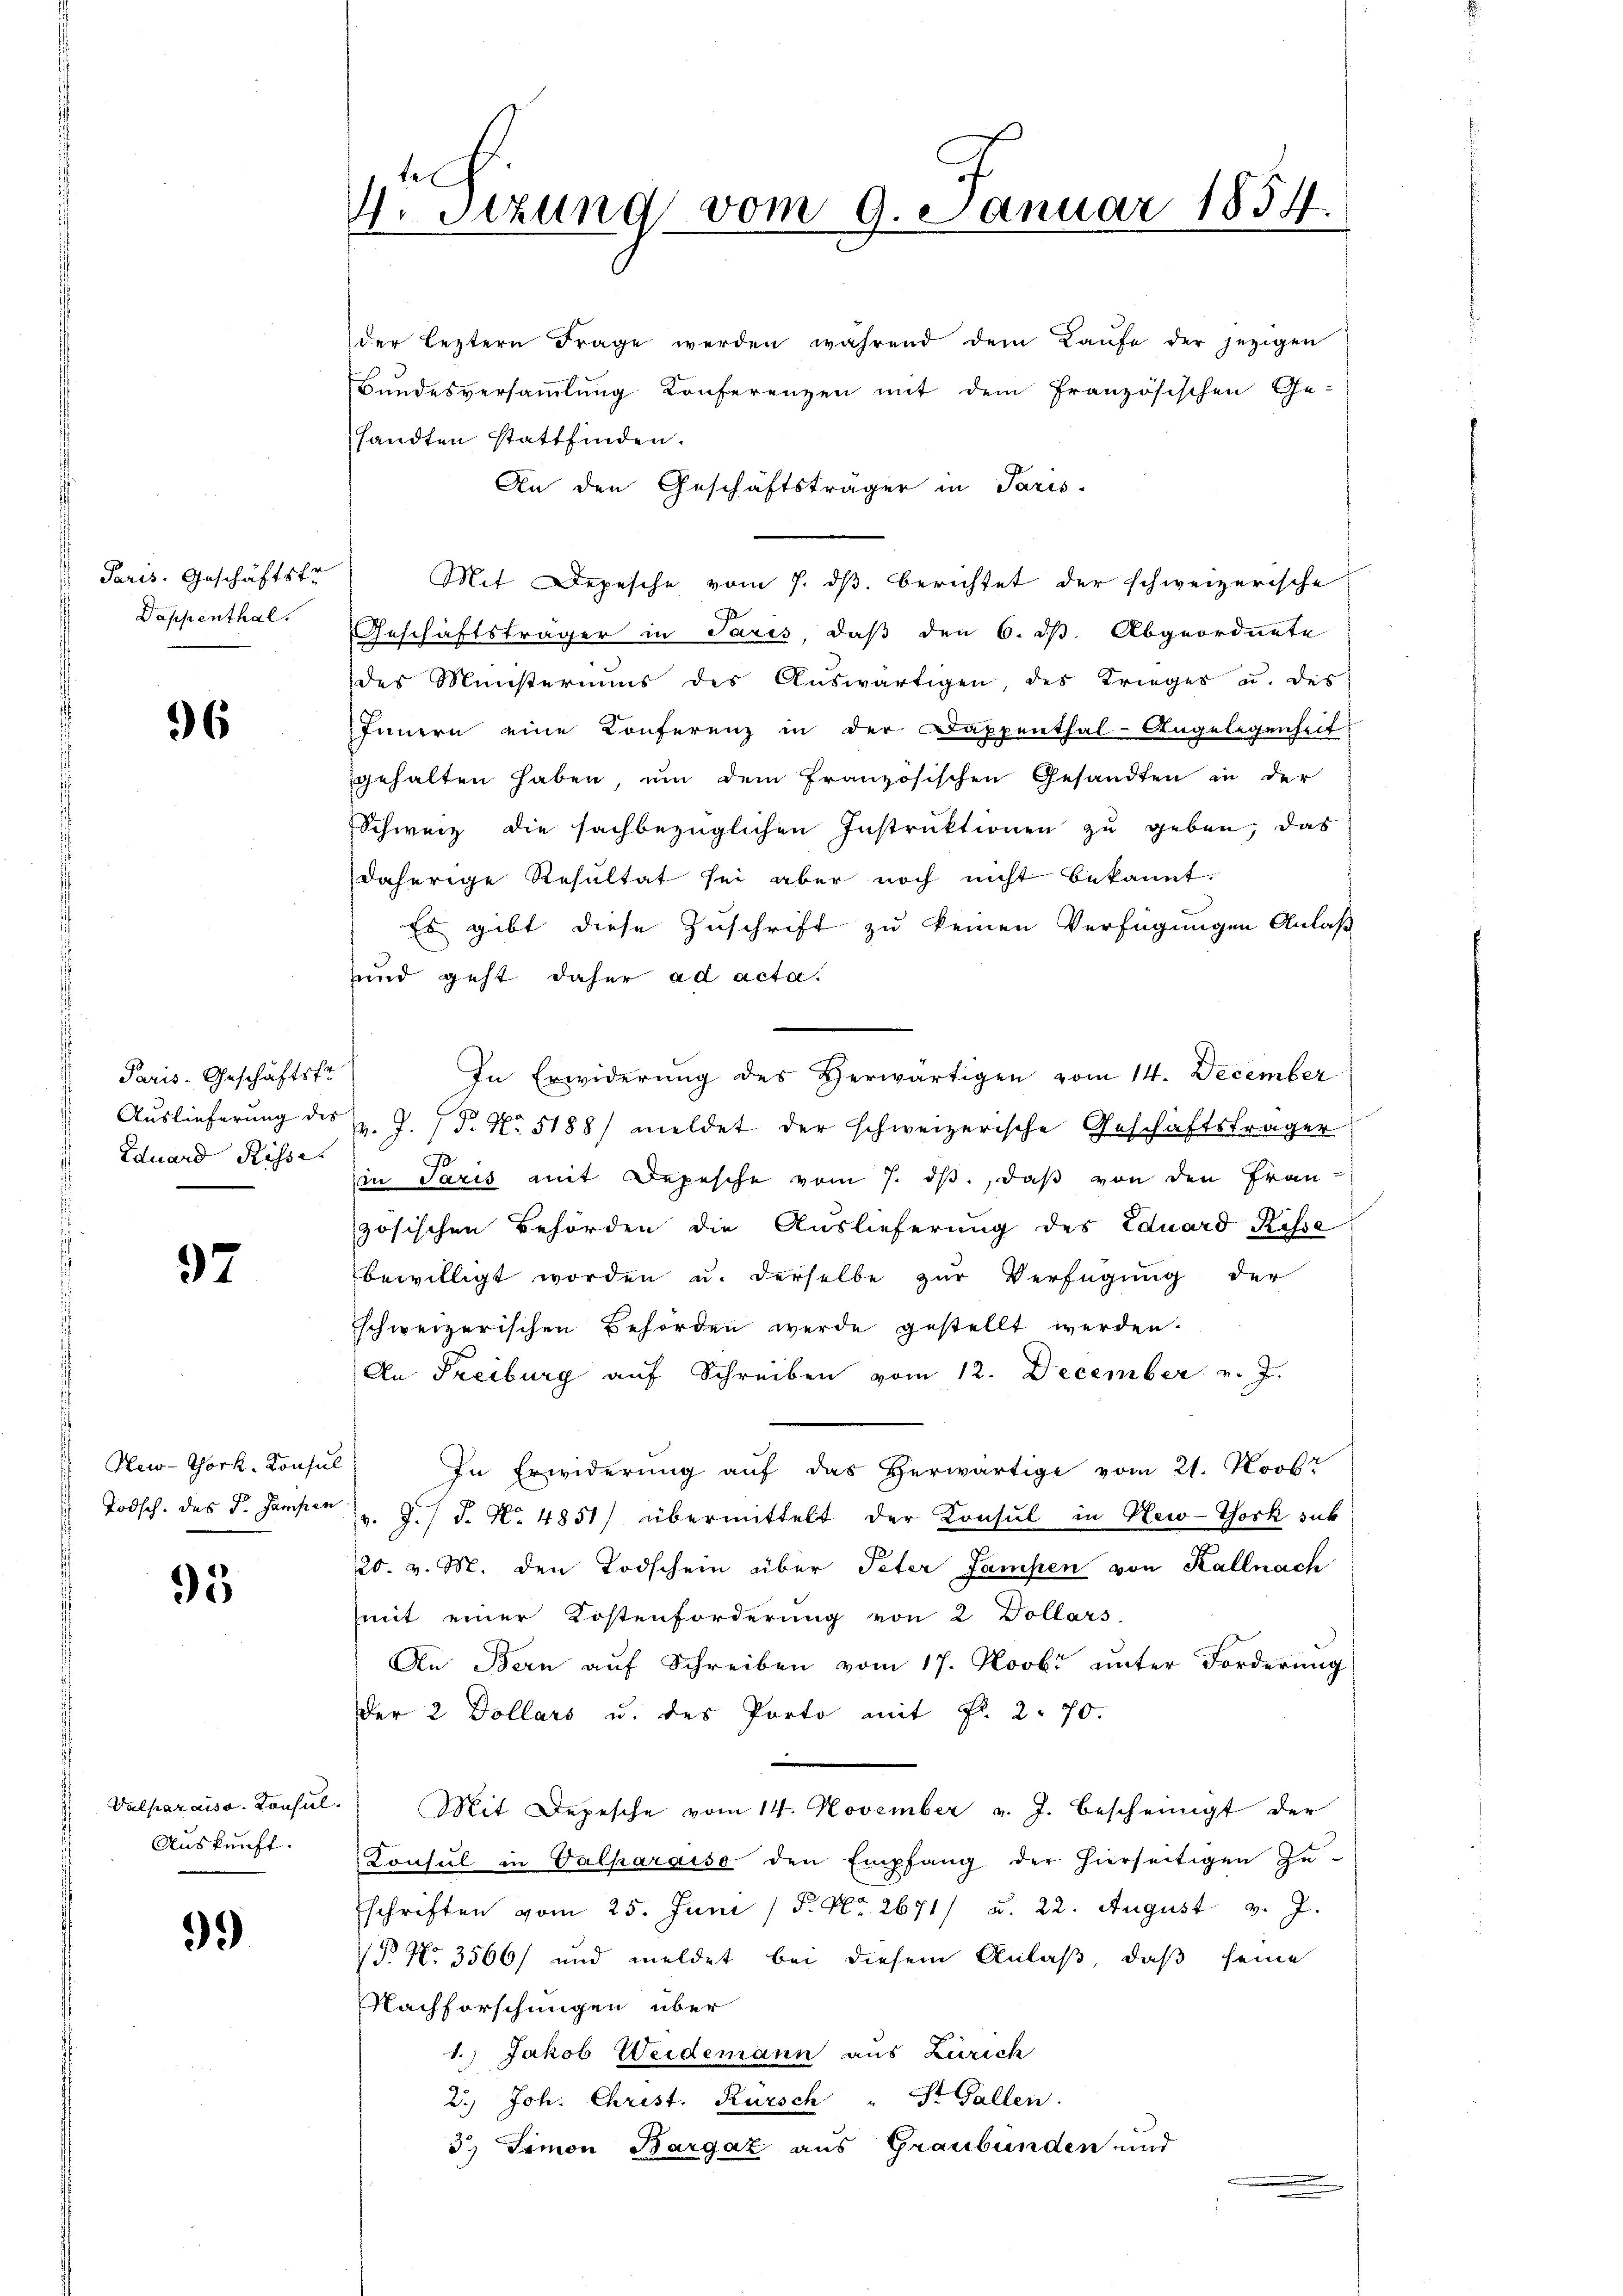
Paris. Geschäftstr.
Dappenthal.

96

Paris. Geschäftsfr.
Eduard Risse.

97

New-York, Konsul
Todsch. des P. Gampen

95

Auskunft.

9.)

tel
V. Sizung vom 9. Januar 1854.

der leztern Frage werden während dem Laŭfe der jezigen
Bundesversammlung Konferenzen mit dem französischen Ge-
sandten stattfinden.
Mit Depesche vom 7. dβ berichtet der schweizerische
Geschäftsträger in Paris, daß den 6. ds. Abgeordnete
des Münsteriums des Aŭswärtigen, des Krieges u. des
Innern eine Konferenz in der Dappenthal-Angelegenheit
gehalten haben, um dem französischen Gesandten in der
Schweiz die sachbezüglichen Instruktionen zu geben, das
daherige Resultat sei aber noch nicht bekannt.
Es gibt diese Zuschrift zu keinen Verfügungen Anlaß
und geht daher ad acta.
In Erwiderung des Herwärtigen vom 14. December
Auslieferŭng des v. J. P. Nr. 5188) meldet der schweizerische Geschäftsträger
J
in Paris mit Depesche vom 7. ds., daß von den Frau
zösischen Behörden die Auslieferung des Eduard Risse
bewilligt worden u. derselbe zur Verfügung der
Eschweizerischen Behörden werde gestellt werden.
An Freiburg auf Schreiben vom 12. December v. J.
In Erwiderung aŭf das herwärtige vom 21. Novbr
v. J. J. N. 4851) übermittelt der Konsul in New-York sub
20. v. M. den Todschein über Peter Jampen von Kallnach
mit einer Kostenforderung von 2 Dollars.
An Bern aŭf Schreiben vom 17. Novb. unter Forderung
Der 2 Dollars u. des Porto mit Fr. 2. 70.
Valparaiss. Konsul. Mit Depesche vom 14. November v. J. bescheinigt der
Consul in Valparaiso den Empfang der hierseitigen Zu-
schriften vom 25. Juni / P. Nr. 2671/ u. 22. August v. J.
P No 3566/ und meldet bei diesem Anlaß, daß seine
Nachforschungen über
1.) Jakob Weidemann aus Zürich
2.) Joh. Christ. Kürsch St. Gallen.
3) Simon Bargaz aus Graubünden und
.

An den Geschäftsträger in Paris-